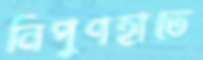
নিপুণহাতে